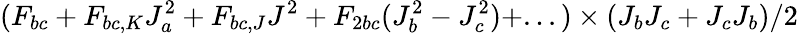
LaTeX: (F_{bc}+F_{bc,K}J_{a}^{2}+F_{bc,J}J^{2}+F_{2bc}(J_{b}^{2}-J_{c}^{2})+...)\times(J_{b}J_{c}+J_{c}J_{b})/2